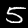
Label: 5